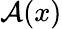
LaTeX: \mathcal A(x)